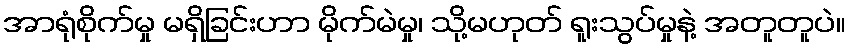
အာရုံစိုက်မှု မရှိခြင်းဟာ မိုက်မဲမှု၊ သို့မဟုတ် ရူးသွပ်မှုနဲ့ အတူတူပဲ။